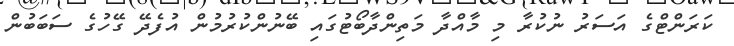
ކަރަންޓްގެ އަސަރު ނުކުރާ މި މާއްދާ މަތިންދާބޯޓުގައި ބޭނުންކުރުމުން އުފެދޭ ގޭހުގެ ސަބަބުން